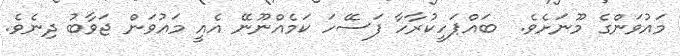
މައުވަންގެ މޫނަށެވެ.  ބައްޕަހީކުރާހާ ފަސޭހަ ކަމެއްނޫނޭ އެއީ މައުވަން ޖަވާބު ދިނެވެ.